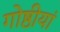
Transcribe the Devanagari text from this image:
गोष्ठीयां